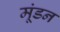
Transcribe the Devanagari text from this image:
मूंडन